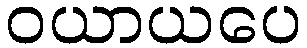
ဝယာယပေ